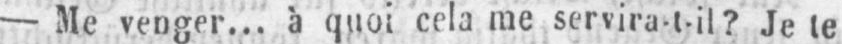
- Me venger... à quoi cela me servira-t-il? Je te